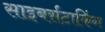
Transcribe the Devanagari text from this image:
साइबर्सटाकिंग